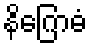
နိဂြောဓံ